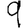
Digit: 9